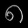
Digit: ၈